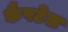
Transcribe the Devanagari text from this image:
कैपटेल